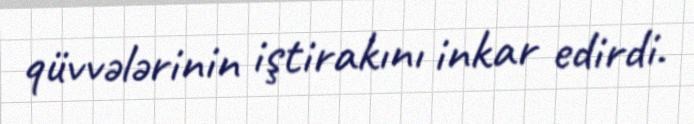
qüvvələrinin iştirakını inkar edirdi.